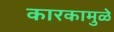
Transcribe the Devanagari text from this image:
कारकामुळे